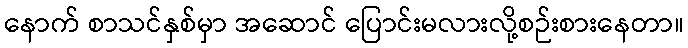
နောက် စာသင်နှစ်မှာ အဆောင် ပြောင်းမလားလို့စဉ်းစားနေတာ။